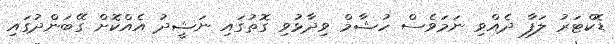
ޑޮކްޓަރު ލަފާ ދެއްވި ނަމަވެސް ހުޝާމް ވިދާޅުވި ގޮތުގައި ނަޝީދު އެއްކޮށް ގޭބަންދުގައި